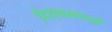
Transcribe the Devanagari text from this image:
ईदच्यासणाची